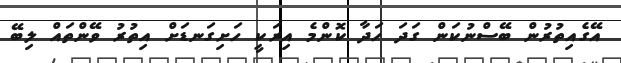
އޭގެއިތުރުން ބޭސްނުކަން ގަދަ ހަދާ ކޮންމެ އިރަކީ ހަށިގަނޑަށް އިތުރު ވޭންތައް ލިބޭ